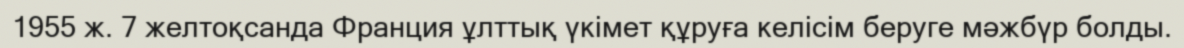
1955 ж. 7 желтоқсанда Франция ұлттық үкімет құруға келісім беруге мәжбүр болды.